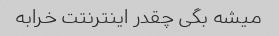
میشه بگی چقدر اینترنتت خرابه